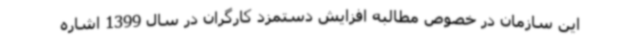
این سازمان در خصوص مطالبه افزایش دستمزد کارگران در سال 1399 اشاره